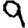
Digit: 9